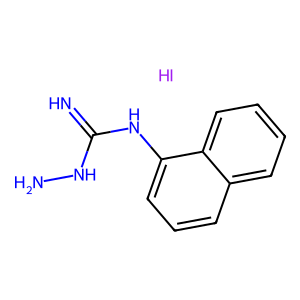
SMILES: I.N=C(NN)Nc1cccc2ccccc12
Inhibits HIV replication: No